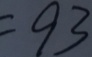
= 9 3